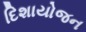
દિશાયોજન